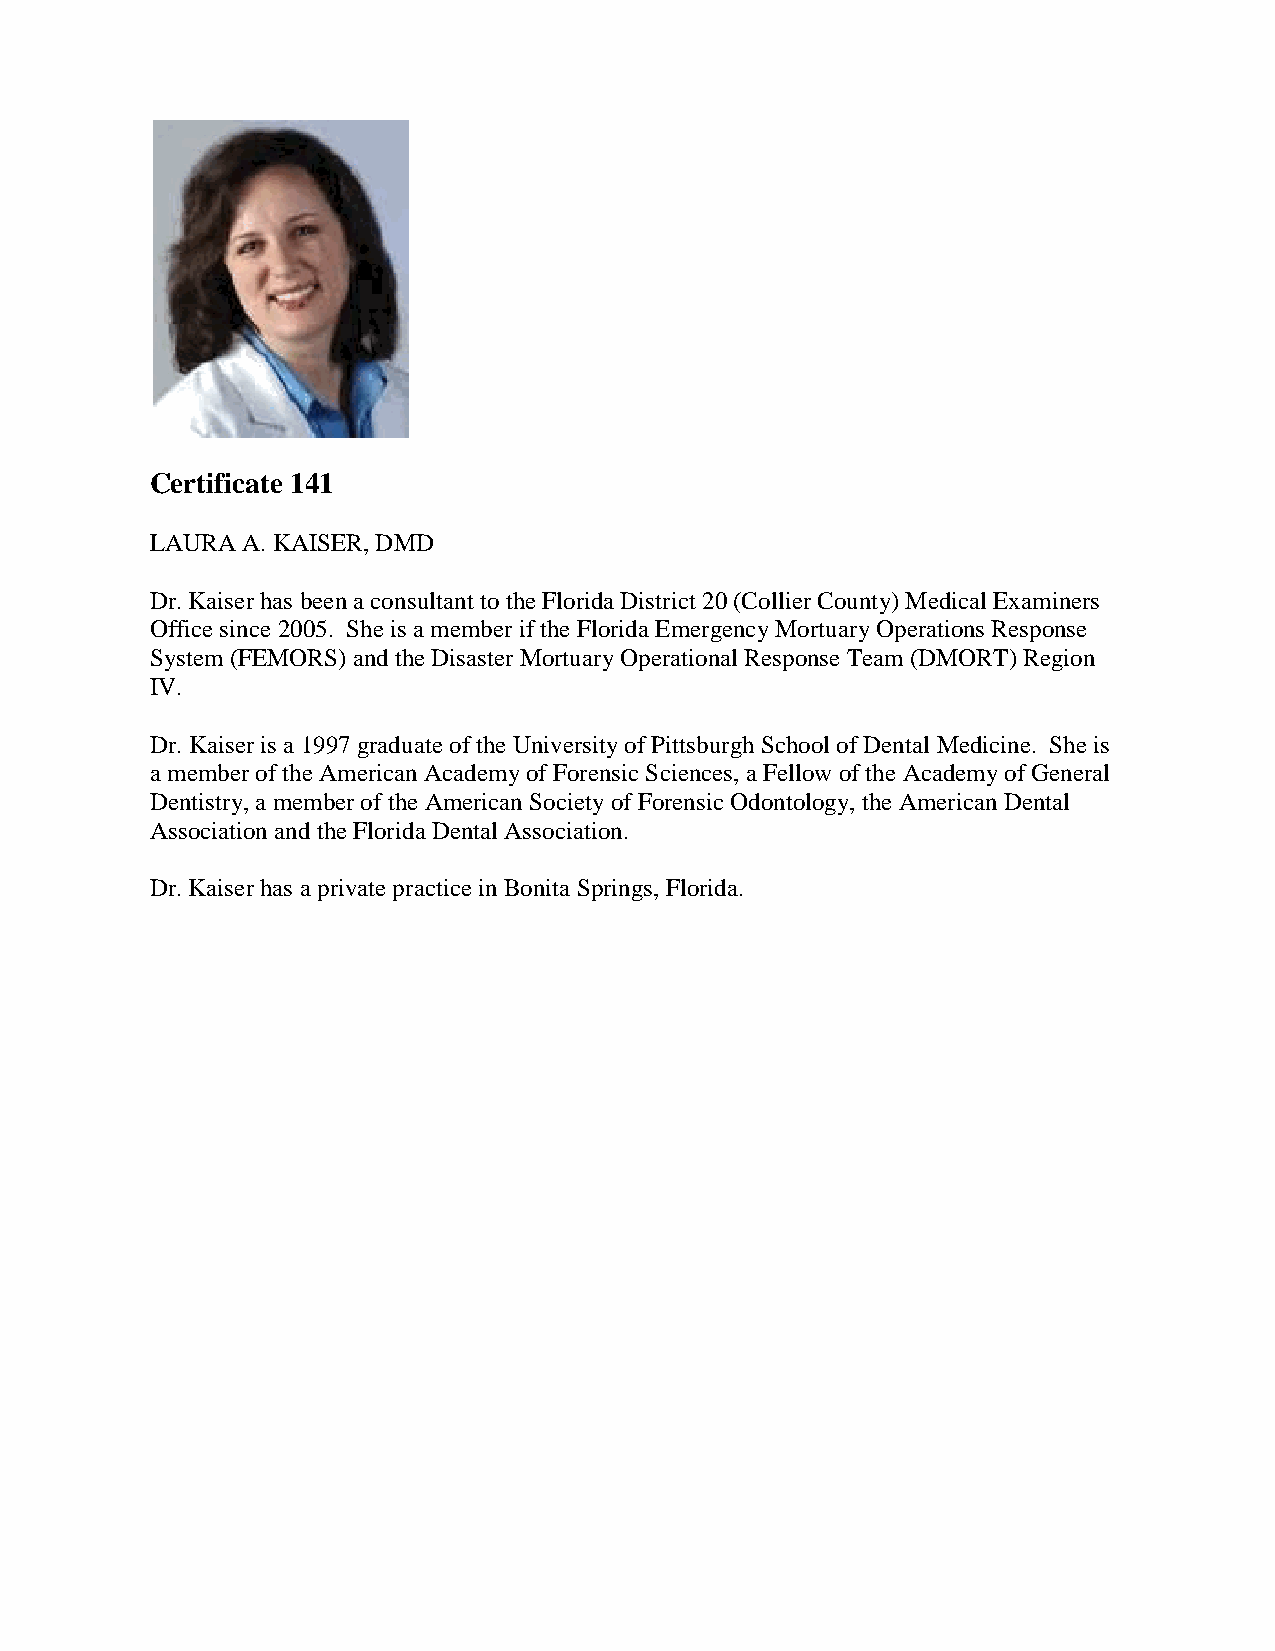
Certificate 141
 LAURA A. KAISER, DMD
 Dr. Kaiser has been a consultant to the Florida District 20 (Collier County) Medical Examiners
 Office since 2005. She is a member if the Florida Emergency Mortuary Operations Response
 System (FEMORS) and the Disaster Mortuary Operational Response Team (DMORT) Region
 IV.
 Dr. Kaiser is a 1997 graduate of the University of Pittsburgh School of Dental Medicine. She is
 a member of the American Academy of Forensic Sciences, a Fellow of the Academy of General
 Dentistry, a member of the American Society of Forensic Odontology, the American Dental
 Association and the Florida Dental Association.
 Dr. Kaiser has a private practice in Bonita Springs, Florida.